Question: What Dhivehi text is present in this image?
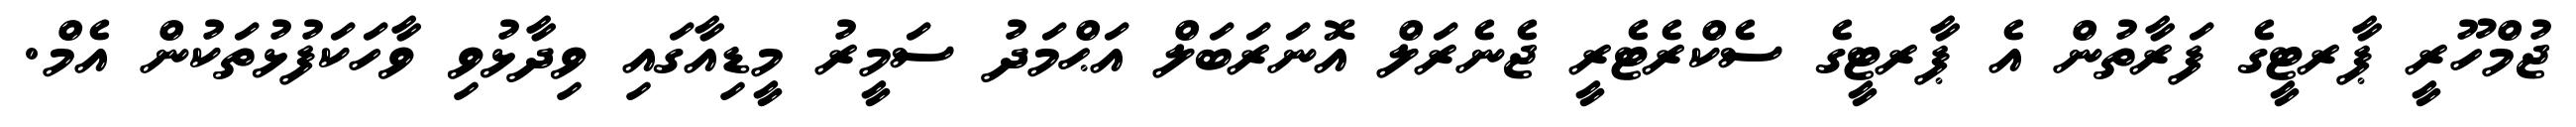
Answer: ޖުމްހޫރީ ޕާރޓީގެ ފަރާތުން އެ ޕާރޓީގެ ސެކްރެޓެރީ ޖެނެރަލް އޮނަރަބަލް އަޙްމަދު ސަމީރު މީޑިއާގައި ވިދާޅުވި ވާހަކަފުޅުތަކުން އެމް.